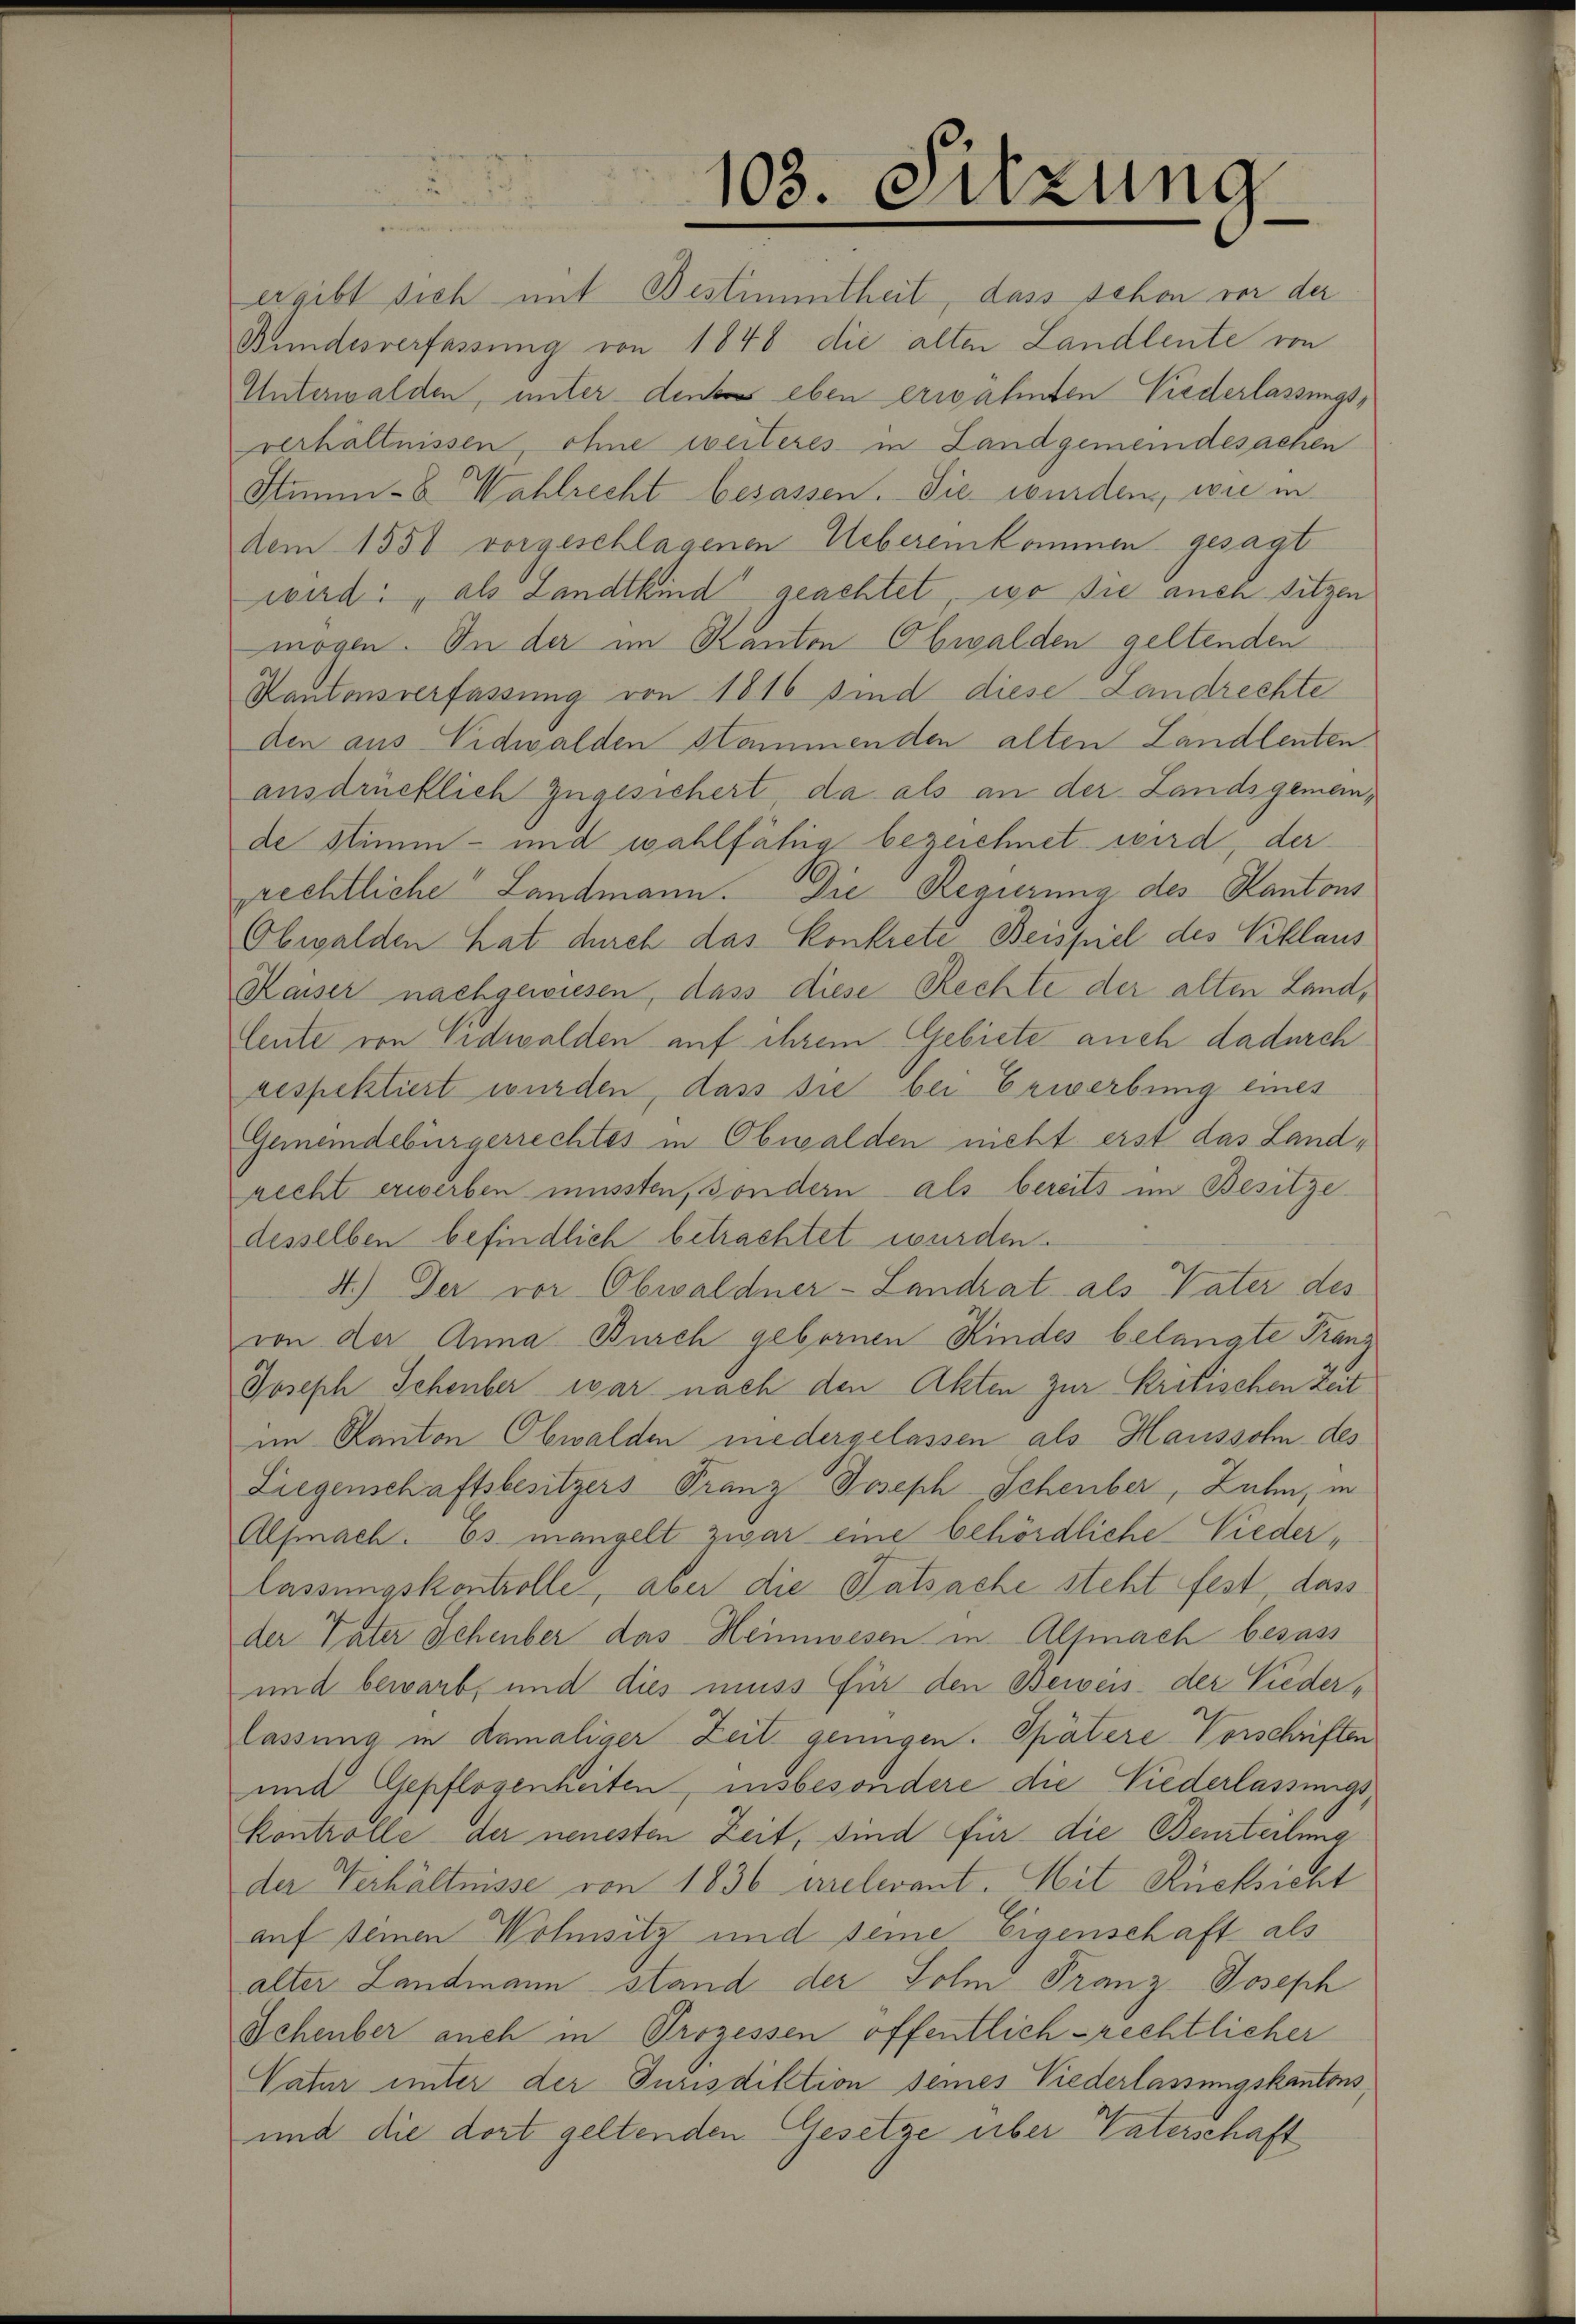
d
103. Sitzung

ergibt sich mit Bestimmtheit, dass schon vor der
Bundesverfassung von 1848 die alten Landleute von
Unterwalden, unter den eben erwähnten Niederlassungs-
verhältnissen, ohne weiteres in Landgemeindesachen
Stamm- u Wahlrecht besassen. Die wurden, wie in
dem 1550 vorgeschlagenen Uebereinkommen gesagt
wird, als Landtkind geachtet, wo sie auch sitzen
mögen. In der im Kanton Obwalden geltenden
Rantonsverfassung von 1816 sind diese Landrechte
den aus Vidwalden Stämmenden alten Landlenten
ausdrücklich zugesichert da als an der Landsgemein-
de Stimm- und wahlfähig bezeichnet wird, der
prechtliche Landmann. Die Regierung des Kantons
Obwalden hat durch das Konkrete Beispiel des Viklaus
Kaiser nachgewiesen, dass diese Rechte der alten Land,
leute von Nidwalden auf ihrem Gebiete auch dadurch
respektiert wurden, dass sie bei Erwerbung eines
Gemeindebürgerrechtes in Obwalden nicht erst das Landrecht erwerben müssten, sondern als bereits im Besitze
desselben befindlich betrachtet wurden.
4.) Der vor Obwaldner-Landrat als Vater des
von der Anna Burch gebornen Kindes belangte Fran
Joseph Schenber war nach den Akten zur Kritischen Zeit
im Kanton Obwalden niedergelassen als Haussohn des
Liegenschaftsbesitzers Franz Joseph Scheuber, Zahn, in
Alfmach. Es mangelt zwar eine behördliche Niederlassungskontrolle, aber die Tatsache steht fest, dass
der Vater Schenber das Heimwesen in Alfmnach besass
und bewarb, und dies muss für den Beweis der Nieder-
lassung in damaliger Zeit genügen. Spätere Vorschriften
und Gepflogenheiten, insbesondere die Niederlassungs¬
Kontrolle der neuesten Zeit, sind für die Beurteilung
der Verhältnisse von 1836 Arelevant. Mit Rücksicht
auf seinen Wohnsitz und seine Eigenschaft als
alter Landmann stand der Sohm Franz Joseph
Schenber auch in Prozessen öffentlich rechtlicher
Vatur unter der Jurisdiktion seines Niederlassungskantons
und die dort geltenden Gesetze über Vaterschaft